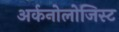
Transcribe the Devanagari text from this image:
अर्कनोलोजिस्ट